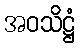
အဝသိဋ္ဌံ